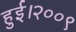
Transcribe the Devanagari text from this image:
हुई।२००९